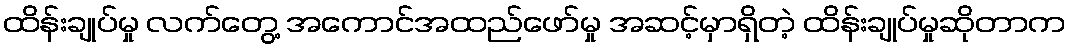
ထိန်းချုပ်မှု လက်တွေ့ အကောင်အထည်ဖော်မှု အဆင့်မှာရှိတဲ့ ထိန်းချုပ်မှုဆိုတာက